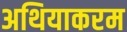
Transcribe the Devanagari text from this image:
अथियाकरम